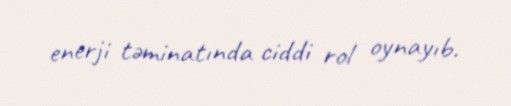
enerji təminatında ciddi rol oynayıb.